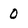
Character: 0